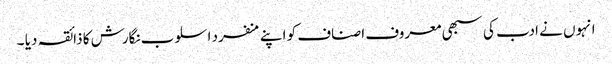
انہوں نے ادب کی سبھی معروف اصناف کو اپنے منفرد اسلوب نگارش کا ذائقہ دیا ۔